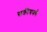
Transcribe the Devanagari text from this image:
सक्रीयपणे